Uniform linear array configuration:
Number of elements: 12
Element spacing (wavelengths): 0.25
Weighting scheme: exponential
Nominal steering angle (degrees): -45
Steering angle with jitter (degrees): -43.714
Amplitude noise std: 0.05
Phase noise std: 0.05

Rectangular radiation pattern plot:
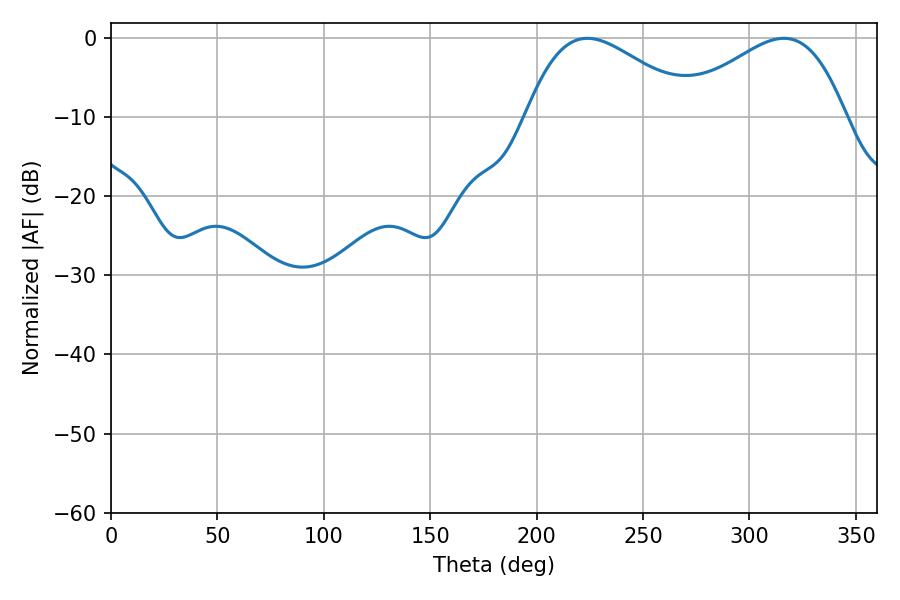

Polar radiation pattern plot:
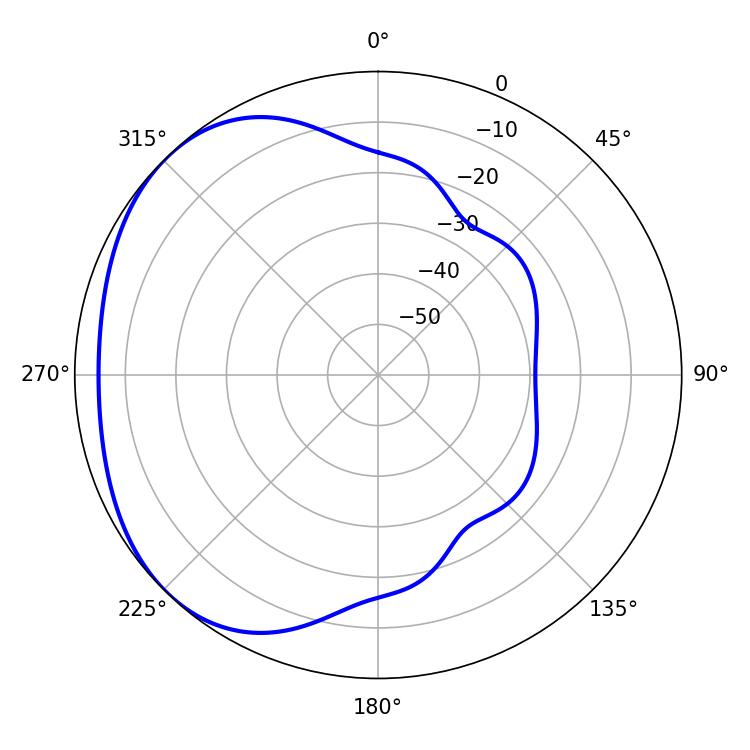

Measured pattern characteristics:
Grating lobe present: FALSE
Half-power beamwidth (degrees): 42.66
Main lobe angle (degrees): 316.08